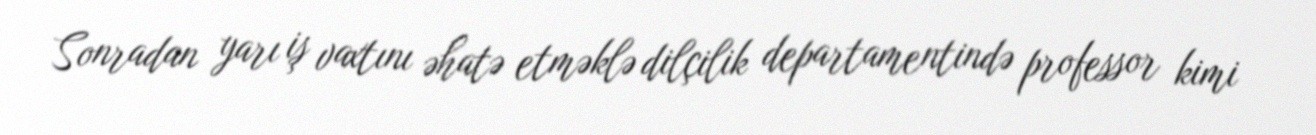
Sonradan yarı iş vaxtını əhatə etməklə dilçilik departamentində professor kimi